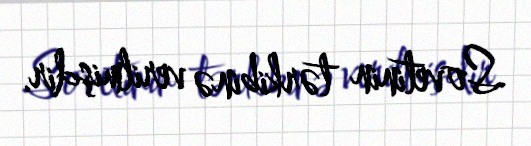
Sovetinin tərkibinə verilmişdir.